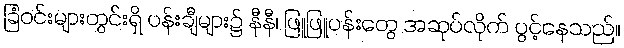
ခြံဝင်းများတွင်းရှိ ပန်းချီများ၌ နီနီ၊ ဖြူဖြူပန်းတွေ အဆုပ်လိုက် ပွင့်နေသည်။